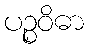
ပဉ္စဝိဓာ